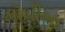
મૉઘીબા